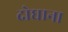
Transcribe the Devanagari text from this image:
दोघाना